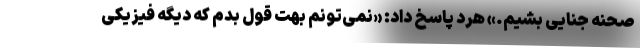
صحنه جنایی بشیم.» هرد پاسخ داد: «نمی‌تونم بهت قول بدم که دیگه فیزیکی